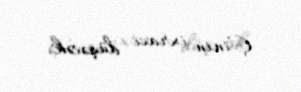
Çinin ixracı düşəcək.